Document type: Anniversary endowment
Year: 1486
Scribe: Bartomeu Masons
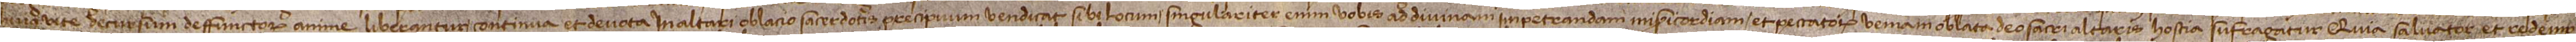
huius vite decursum deffunctorum anime liberantur, continua et devota in altari oblacio sacerdotis precipuum vendicat sibi locum, singulariter enim vobis ad divinam impetrandam misericordiam et peccatorum veniam oblata Deo sacri altaris hostia sufragatur, quia Salvator et Redemp-